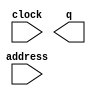
// megafunction wizard: %ROM: 1-PORT%VBB%
// GENERATION: STANDARD
// VERSION: WM1.0
// MODULE: altsyncram 

// ============================================================
// Megafunction Name(s):
// 			altsyncram
//
// Simulation Library Files(s):
// 			altera_mf
// ============================================================
// ************************************************************
// THIS IS A WIZARD-GENERATED FILE. DO NOT EDIT THIS FILE!
//
// 15.0.0 Build 145 04/22/2015 SJ Web Edition
// ************************************************************

//Copyright (C) 1991-2015 Altera Corporation. All rights reserved.
//Your use of Altera Corporation's design tools, logic functions 
//and other software and tools, and its AMPP partner logic 
//functions, and any output files from any of the foregoing 
//(including device programming or simulation files), and any 
//associated documentation or information are expressly subject 
//to the terms and conditions of the Altera Program License 
//Subscription Agreement, the Altera Quartus II License Agreement,
//the Altera MegaCore Function License Agreement, or other 
//applicable license agreement, including, without limitation, 
//that your use is for the sole purpose of programming logic 
//devices manufactured by Altera and sold by Altera or its 
//authorized distributors.  Please refer to the applicable 
//agreement for further details.

module ROM_syn (
	address,
	clock,
	q);

	input	[3:0]  address;
	input	  clock;
	output	[7:0]  q;
`ifndef ALTERA_RESERVED_QIS
// synopsys translate_off
`endif
	tri1	  clock;
`ifndef ALTERA_RESERVED_QIS
// synopsys translate_on
`endif

endmodule

// ============================================================
// CNX file retrieval info
// ============================================================
// Retrieval info: PRIVATE: ADDRESSSTALL_A NUMERIC "0"
// Retrieval info: PRIVATE: AclrAddr NUMERIC "0"
// Retrieval info: PRIVATE: AclrByte NUMERIC "0"
// Retrieval info: PRIVATE: AclrOutput NUMERIC "0"
// Retrieval info: PRIVATE: BYTE_ENABLE NUMERIC "0"
// Retrieval info: PRIVATE: BYTE_SIZE NUMERIC "8"
// Retrieval info: PRIVATE: BlankMemory NUMERIC "0"
// Retrieval info: PRIVATE: CLOCK_ENABLE_INPUT_A NUMERIC "0"
// Retrieval info: PRIVATE: CLOCK_ENABLE_OUTPUT_A NUMERIC "0"
// Retrieval info: PRIVATE: Clken NUMERIC "0"
// Retrieval info: PRIVATE: IMPLEMENT_IN_LES NUMERIC "0"
// Retrieval info: PRIVATE: INIT_FILE_LAYOUT STRING "PORT_A"
// Retrieval info: PRIVATE: INIT_TO_SIM_X NUMERIC "0"
// Retrieval info: PRIVATE: INTENDED_DEVICE_FAMILY STRING "Cyclone IV E"
// Retrieval info: PRIVATE: JTAG_ENABLED NUMERIC "1"
// Retrieval info: PRIVATE: JTAG_ID STRING "ROM0"
// Retrieval info: PRIVATE: MAXIMUM_DEPTH NUMERIC "0"
// Retrieval info: PRIVATE: MIFfilename STRING "syn.mif"
// Retrieval info: PRIVATE: NUMWORDS_A NUMERIC "13"
// Retrieval info: PRIVATE: RAM_BLOCK_TYPE NUMERIC "0"
// Retrieval info: PRIVATE: RegAddr NUMERIC "1"
// Retrieval info: PRIVATE: RegOutput NUMERIC "1"
// Retrieval info: PRIVATE: SYNTH_WRAPPER_GEN_POSTFIX STRING "0"
// Retrieval info: PRIVATE: SingleClock NUMERIC "1"
// Retrieval info: PRIVATE: UseDQRAM NUMERIC "0"
// Retrieval info: PRIVATE: WidthAddr NUMERIC "4"
// Retrieval info: PRIVATE: WidthData NUMERIC "8"
// Retrieval info: PRIVATE: rden NUMERIC "0"
// Retrieval info: LIBRARY: altera_mf altera_mf.altera_mf_components.all
// Retrieval info: CONSTANT: ADDRESS_ACLR_A STRING "NONE"
// Retrieval info: CONSTANT: CLOCK_ENABLE_INPUT_A STRING "BYPASS"
// Retrieval info: CONSTANT: CLOCK_ENABLE_OUTPUT_A STRING "BYPASS"
// Retrieval info: CONSTANT: INIT_FILE STRING "syn.mif"
// Retrieval info: CONSTANT: INTENDED_DEVICE_FAMILY STRING "Cyclone IV E"
// Retrieval info: CONSTANT: LPM_HINT STRING "ENABLE_RUNTIME_MOD=YES,INSTANCE_NAME=ROM0"
// Retrieval info: CONSTANT: LPM_TYPE STRING "altsyncram"
// Retrieval info: CONSTANT: NUMWORDS_A NUMERIC "13"
// Retrieval info: CONSTANT: OPERATION_MODE STRING "ROM"
// Retrieval info: CONSTANT: OUTDATA_ACLR_A STRING "NONE"
// Retrieval info: CONSTANT: OUTDATA_REG_A STRING "CLOCK0"
// Retrieval info: CONSTANT: WIDTHAD_A NUMERIC "4"
// Retrieval info: CONSTANT: WIDTH_A NUMERIC "8"
// Retrieval info: CONSTANT: WIDTH_BYTEENA_A NUMERIC "1"
// Retrieval info: USED_PORT: address 0 0 4 0 INPUT NODEFVAL "address[3..0]"
// Retrieval info: USED_PORT: clock 0 0 0 0 INPUT VCC "clock"
// Retrieval info: USED_PORT: q 0 0 8 0 OUTPUT NODEFVAL "q[7..0]"
// Retrieval info: CONNECT: @address_a 0 0 4 0 address 0 0 4 0
// Retrieval info: CONNECT: @clock0 0 0 0 0 clock 0 0 0 0
// Retrieval info: CONNECT: q 0 0 8 0 @q_a 0 0 8 0
// Retrieval info: GEN_FILE: TYPE_NORMAL ROM_syn.v TRUE
// Retrieval info: GEN_FILE: TYPE_NORMAL ROM_syn.inc FALSE
// Retrieval info: GEN_FILE: TYPE_NORMAL ROM_syn.cmp FALSE
// Retrieval info: GEN_FILE: TYPE_NORMAL ROM_syn.bsf FALSE
// Retrieval info: GEN_FILE: TYPE_NORMAL ROM_syn_inst.v FALSE
// Retrieval info: GEN_FILE: TYPE_NORMAL ROM_syn_bb.v TRUE
// Retrieval info: LIB_FILE: altera_mf